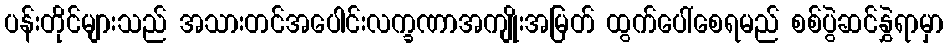
ပန်းတိုင်များသည် အသားတင်အပေါင်းလက္ခဏာအကျိုးအမြတ် ထွက်ပေါ်စေရမည် စစ်ပွဲဆင်နွှဲရာမှာ